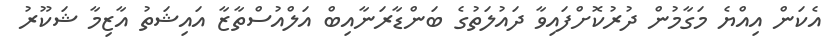
އެކަން އިއްޔެ މަގާމުން ދުރުކޮށްފައިވާ ދައުލަތުގެ ބަންޑާރަނާއިބް އަލްއުސްތާޒާ އައިޝަތު އާޒިމާ ޝަކޫރު